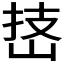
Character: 𪨵